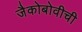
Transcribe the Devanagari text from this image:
जैकोबोवीची